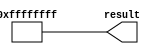
module  const1_lpm_constant_be9
	( 
	result) ;
	output   [31:0]  result;


	assign
		result = {32{1'b1}};
endmodule